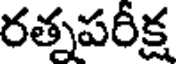
రత్నపరీక్ష